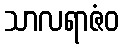
သာလရာဇံဝ